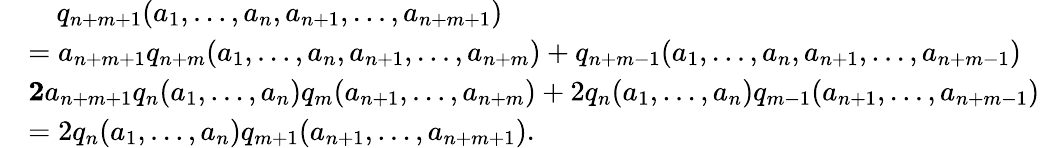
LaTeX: \begin{array}{rl}&{\ \ \ \ q_{n+m+1}(a_{1},\ldots,a_{n},a_{n+1},\ldots,a_{n+m+1})}\\ &{=a_{n+m+1}q_{n+m}(a_{1},\ldots,a_{n},a_{n+1},\ldots,a_{n+m})+q_{n+m-1}(a_{1},\ldots,a_{n},a_{n+1},\ldots,a_{n+m-1})}\\ &{\le 2a_{n+m+1}q_{n}(a_{1},\ldots,a_{n})q_{m}(a_{n+1},\ldots,a_{n+m})+2q_{n}(a_{1},\ldots,a_{n})q_{m-1}(a_{n+1},\ldots,a_{n+m-1})}\\ &{=2q_{n}(a_{1},\ldots,a_{n})q_{m+1}(a_{n+1},\ldots,a_{n+m+1}).}\end{array}